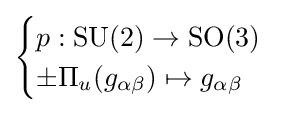
{\begin{cases}p:\operatorname {SU} (2)\to \operatorname {SO} (3)\\\pm \Pi _{u}(g_{\alpha \beta })\mapsto g_{\alpha \beta }\end{cases}}